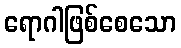
ရောဂါဖြစ်စေသော